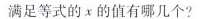
满足等式的x的值有哪几个?